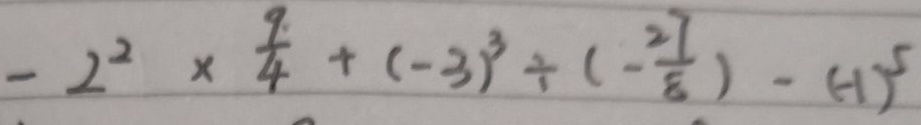
- 2 ^ { 2 } \times \frac { 9 } { 4 } + ( - 3 ) ^ { 3 } \div ( - \frac { 2 7 } { 8 } ) - ( - 1 ) ^ { 5 }